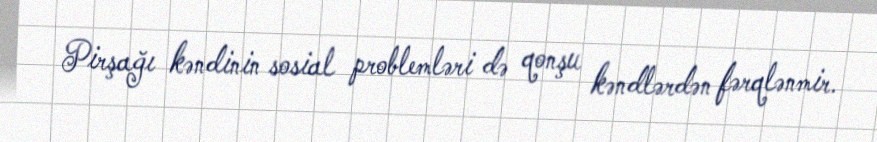
Pirşağı kəndinin sosial problemləri də qonşu kəndlərdən fərqlənmir.